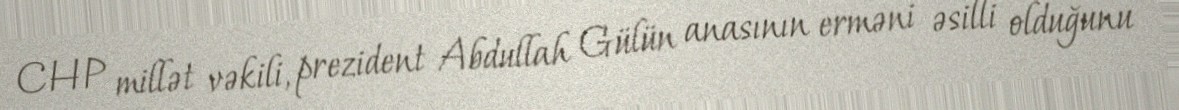
CHP millət vəkili, prezident Abdullah Gülün anasının erməni əsilli olduğunu